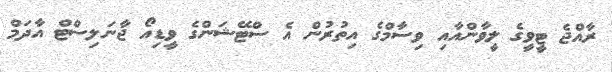
ރާއްޖެ ޓީވީގެ ލީވާންއާއި ވިސާމްގެ އިތުރުން އެ ސްޓޭޝަންގެ ވީޑިއޯ ޖާނަލިސްޓް އާދަމް